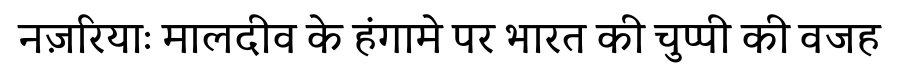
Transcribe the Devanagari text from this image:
नज़रियाः मालदीव के हंगामे पर भारत की चुप्पी की वजह